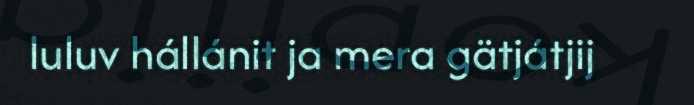
luluv hállánit ja mera gätjátjij